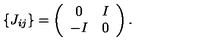
\{ J _ { i j } \} = \left( \begin{array} { c c } { 0 } & { I } \\ { - I } & { 0 } \\ \end{array} \right) .